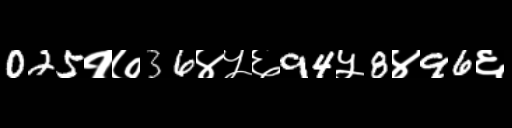
Text: 025१७36४५६94५8४96६